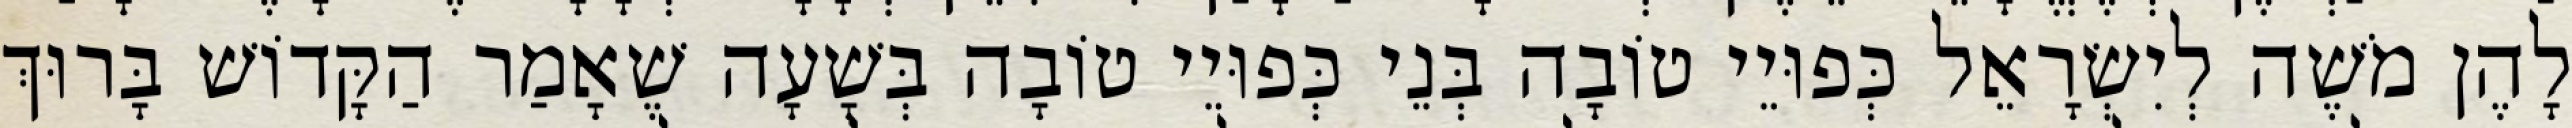
לָהֶן מֹשֶׁה לְיִשְׂרָאֵל כְּפוּיֵי טוֹבָה בְּנֵי כְּפוּיֵי טוֹבָה בְּשָׁעָה שֶׁאָמַר הַקָּדוֹשׁ בָּרוּךְ